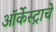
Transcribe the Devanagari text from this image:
ऑर्केस्ट्राचे